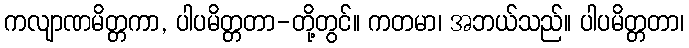
ကလျာဏမိတ္တကာ, ပါပမိတ္တတာ-တို့တွင်။ ကတမာ၊ အဘယ်သည်။ ပါပမိတ္တတာ၊